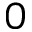
0